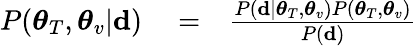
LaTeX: \begin{array}{rlr}{P(\boldsymbol{\theta}_{T},\boldsymbol{\theta}_{v}|\mathbf{d})}&{{}=}&{\frac{P(\mathbf{d}|\boldsymbol{\theta}_{T},\boldsymbol{\theta}_{v})P(\boldsymbol{\theta}_{T},\boldsymbol{\theta}_{v})}{P(\mathbf{d})}}\end{array}